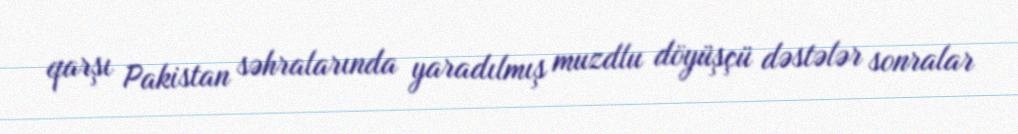
qarşı Pakistan səhralarında yaradılmış muzdlu döyüşçü dəstələr sonralar